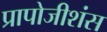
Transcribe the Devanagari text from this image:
प्रापोजीशंस